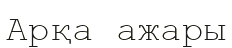
Арқа ажары